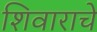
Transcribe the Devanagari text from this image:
शिवाराचे